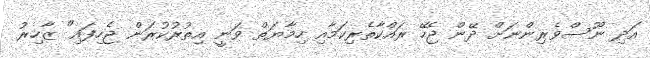
އަދި ނޫސްވެރިންނަށް ދޭން ޖެހޭ ރައްކާތެރިކަމާއި ހިމާޔަތް ވަނީ އިތުރުކުރަން ޖެހިފައި" ޒާހިރު